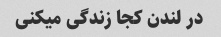
در لندن کجا زندگی میکنی